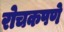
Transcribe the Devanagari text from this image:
रोचकपणे